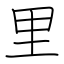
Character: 里